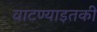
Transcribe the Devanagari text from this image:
वाटण्याइतकी